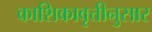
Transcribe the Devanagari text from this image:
काशिकावृत्तीनुसार